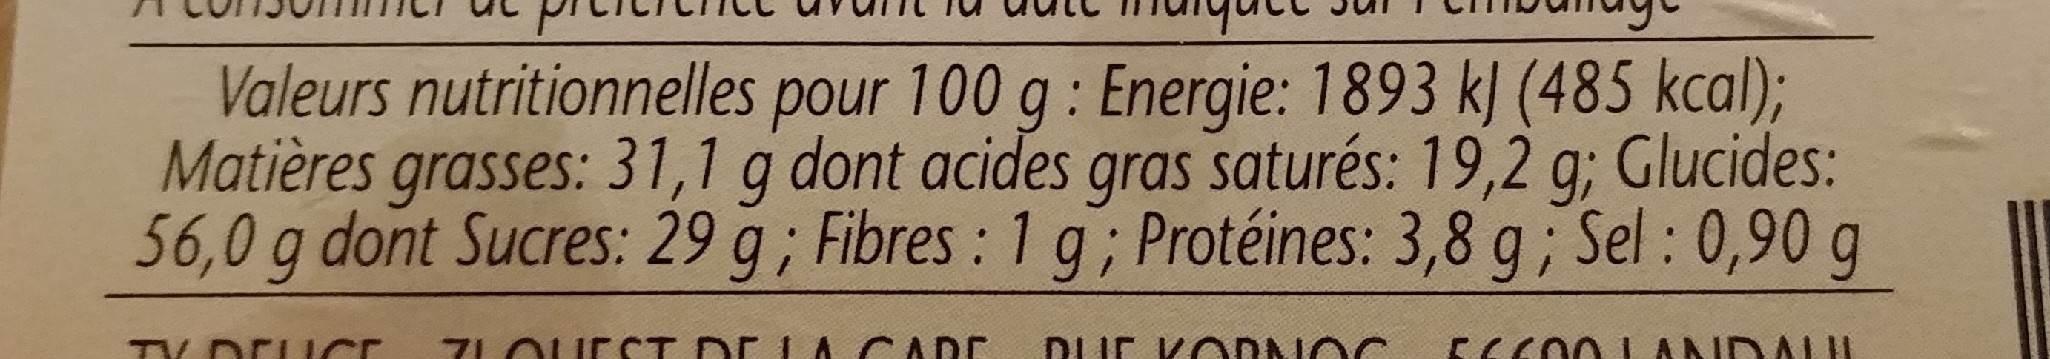
Valeurs nutritionnelles pour 100 g : Energie: 1893 kJ (485 kcal); Matières grasses: 31,1 g dont acides gras saturés: 19,2 q; Glucides: 56,0 g dont Sucres: 29 g; Fibres: 1 g; Protéines: 3,8 g; Sel : 0,90 g
TV DEUICE
7LOUECT DE LA CADE
DLUE KODNOC
SCCO0 LA DALII